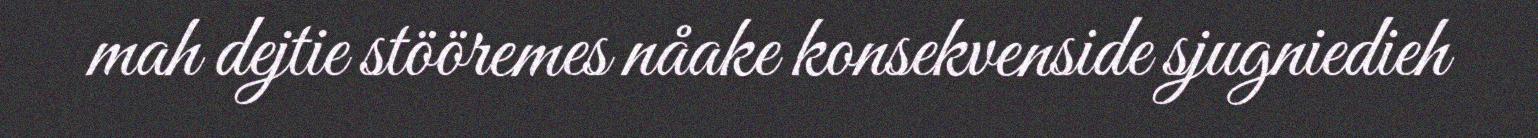
mah dejtie stööremes nåake konsekvenside sjugniedieh